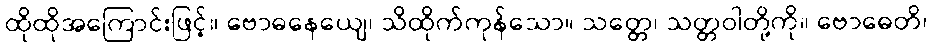
ထိုထိုအကြောင်းဖြင့်။ ဗောဓနေယျေ၊ သိထိုက်ကုန်သော။ သတ္တေ၊ သတ္တဝါတို့ကို။ ဗောဓေတိ၊